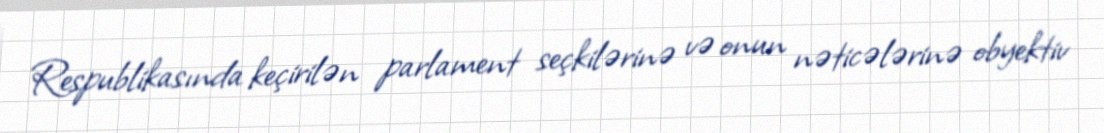
Respublikasında keçirilən parlament seçkilərinə və onun nəticələrinə obyektiv